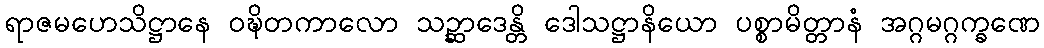
ရာဇမဟေသိဋ္ဌာနေ ဝဍ္ဎိတကာလော သဉ္ဆာဒေန္တိ ဒေါသဋ္ဌာနိယော ပစ္စာမိတ္တာနံ အဂ္ဂမဂ္ဂက္ခဏေ